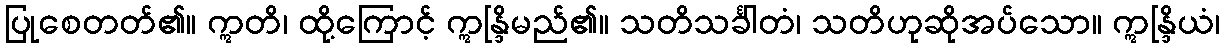
ပြုစေတတ်၏။ ဣတိ၊ ထို့ကြောင့် ဣန္ဒြိမည်၏။ သတိသင်္ခါတံ၊ သတိဟုဆိုအပ်သော။ ဣန္ဒြိယံ၊